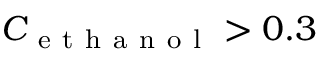
C _ { \mathrm { ~ e ~ t ~ h ~ a ~ n ~ o ~ l ~ } } > 0 . 3